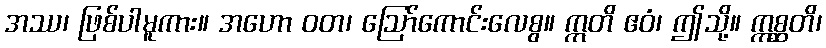
အဿ၊ ဖြစ်ပါမူကား။ အဟော ဝတ၊ ဩော်ကောင်းလေစွ။ ဣတိ ဧဝံ၊ ဤသို့။ ဣစ္ဆတိ၊